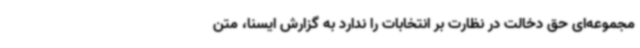
مجموعه‌ای حق دخالت در نظارت بر انتخابات را ندارد به گزارش ایسنا، متن